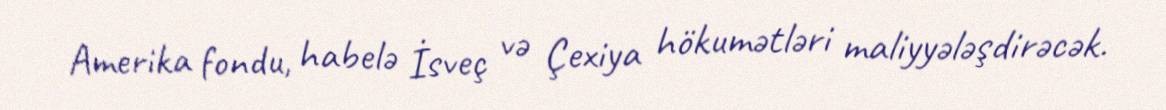
Amerika fondu, habelə İsveç və Çexiya hökumətləri maliyyələşdirəcək.